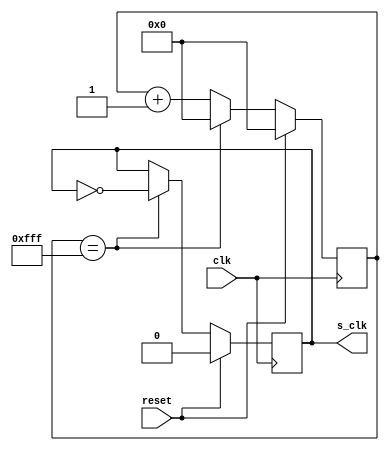
`timescale 1ns / 1ps
//////////////////////////////////////////////////////////////////////////////////
// Company: 
// Engineer: 
// 
// Create Date:    
// Design Name:    
// Module Name:    
// Project Name: 
// Target Devices: 
// Tool versions: 
// Description: 
//
// Dependencies: 
//
// Revision: 
// Revision 0.01 - File Created
// Additional Comments:        
//
//////////////////////////////////////////////////////////////////////////////////
module div_frec (
	input wire clk,       //Seal de entrada, referente a comportamiento de reloj.
	input wire reset,     //Reset de seal.
	output reg s_clk      //Seal de salida del divisor, seal ya dividida.
    );
	  
reg [11:0] cuenta; //Bus de datos de 3 bits referente al contador
					   //para una unidad decimal maxima de 8 (2^3 = 8) suficiente para la cuenta de 5.
 
always @(posedge clk) //Se procede a realizar el codigo posterior siempre que "clk" o "reset" estn en alto.
	begin
		if (reset) //Si "reset" est en alto, se pone la salida "s_clk" en 0 y se resetea la cuenta.
			begin
				s_clk <= 12'b0;
				cuenta <= 1'b0;
			end 
		else //Se est en alto la seal de "clk" pero no la de "reset" se procede a realizar lo siguiente.
			begin		
				if (cuenta == 12'd4095)//(5)-1 = 4, Si el contador llega a la cuenta 5:   
					//Por si las dudas => "3'd4"(notacin decimal) es igual a "3'b100"(notacin binaria). 
					begin                    
						cuenta <= 12'h0;  //Se resetea la cuenta poniendola en cero   
						s_clk <= ~s_clk;  //
					end 
				else 
					cuenta <= cuenta + 1'b1; //De no ser el valor a dividir, el contador seguir contando (valga la redundancia)
			end
	end
 
endmodule